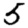
Digit: 5